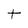
Character: t